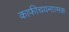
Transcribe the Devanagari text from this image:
काफीचयनात्मक